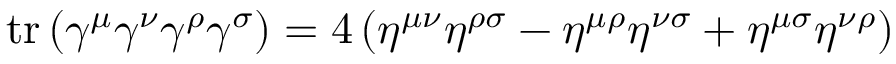
\operatorname { t r } \left( \gamma ^ { \mu } \gamma ^ { \nu } \gamma ^ { \rho } \gamma ^ { \sigma } \right) = 4 \left( \eta ^ { \mu \nu } \eta ^ { \rho \sigma } - \eta ^ { \mu \rho } \eta ^ { \nu \sigma } + \eta ^ { \mu \sigma } \eta ^ { \nu \rho } \right)